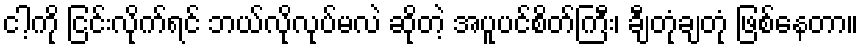
ငါ့ကို ငြင်းလိုက်ရင် ဘယ်လိုလုပ်မလဲ ဆိုတဲ့ အပူပင်စိတ်ကြီး၊ ချီတုံချတုံ ဖြစ်နေတာ။